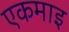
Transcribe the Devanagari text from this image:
एकमाइ